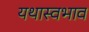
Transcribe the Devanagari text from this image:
यथास्वभाव